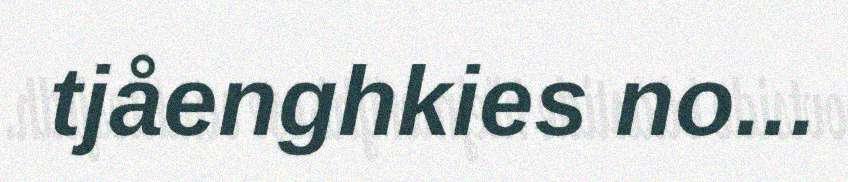
tjåenghkies no...